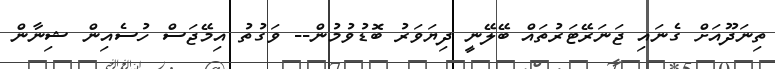
ތިނަދޫއަށް ގެނައި ޖަނަރޭޓަރުތައް ބޭލޭނީ ދިޔަވަރު ބޮޑުވުމުން-- ވަގުތު އިމޭޖަސް ހުސެއިން ޝިނާން